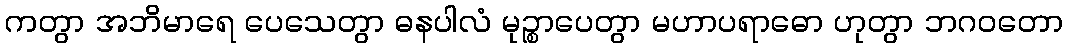
ကတွာ အဘိမာရေ ပေသေတွာ ဓနပါလံ မုဉ္စာပေတွာ မဟာပရာဓော ဟုတွာ ဘဂဝတော